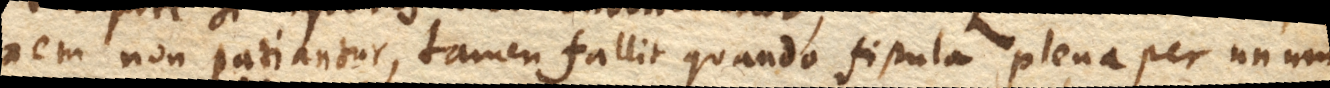
nem non patiantur, tamen fallit quando fistula plena per unum